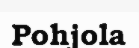
Pohjola